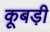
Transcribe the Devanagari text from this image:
कूबड़ी